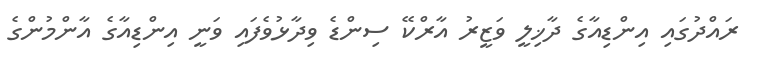
ރައްދުގައި އިންޑިއާގެ ދާޚިލީ ވަޒީރު އާރްކޭ ސިންޑެ ވިދާޅުވެފައި ވަނީ އިންޑިއާގެ އާންމުންގެ